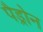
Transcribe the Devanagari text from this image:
पैड्रोन